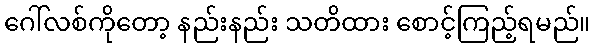
ဂေါ်လစ်ကိုတော့ နည်းနည်း သတိထား စောင့်ကြည့်ရမည်။